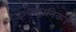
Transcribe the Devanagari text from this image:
इलेक्ट्रानिक।